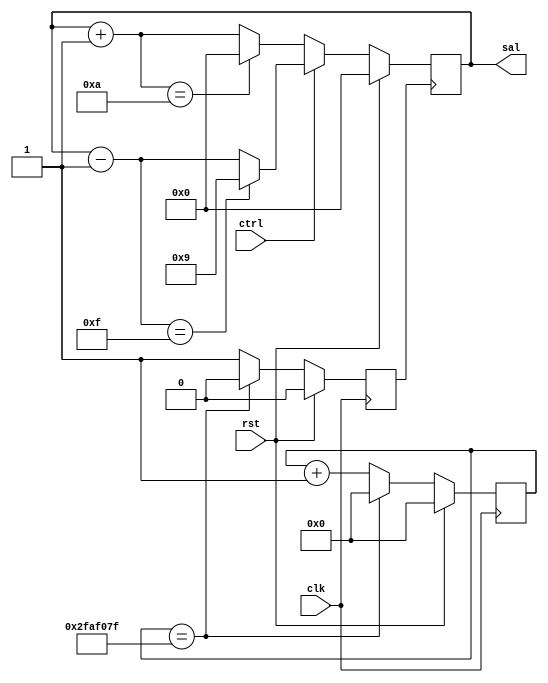
//Jesus Eduardo Esparza Soto
//Contador de decenas

//Modulo

module cont9 (clk,rst,ctrl,sal);

	//puertos
	//sentido    tipo  tamao   nombre
	input                       clk,rst,ctrl;
	output       reg   [3:0]         sal;
	
	//alambre y registros
	reg					 [25:0]   contador;
	reg                         clk2;
	
//Asignaciones

	//seales
	//componentes
	//secuenciales
	
	//escalador de frecuecia///////////////////////////// de 50MHz a 1Hz
	always@(posedge clk)
	begin
		if(rst)
			begin
			contador=0;
			clk2=0;
			end
		else
			if(contador==49999999)
				begin
				contador=0;
				clk2=0;
				end
			else
				begin
				contador=contador+1;
				clk2=1;
				end
	end
	
	
	//contador de decenas
	always@(posedge clk2) //flancos de subida (posedge)
	begin
	if(rst) sal=0;
	else
	begin
		if(!ctrl)
			begin
				sal=sal+1;
				if(sal==10) sal=0;
				
			end
		else 
			begin
				sal=sal-1;
				if(sal==15) sal=9;
			end
		end
	end
endmodule